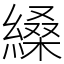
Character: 縔